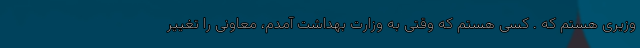
وزیری هستم که . کسی هستم که وقتی به وزارت بهداشت آمدم، معاونی را تغییر